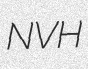
NVH